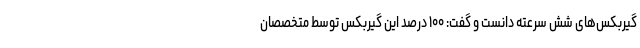
گیربکس‌های شش سرعته دانست و گفت: ۱۰۰ درصد این گیربکس توسط متخصصان